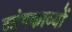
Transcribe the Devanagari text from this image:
व्यंगकाव्यों